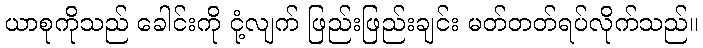
ယာစုကိုသည် ခေါင်းကို ငုံ့လျက် ဖြည်းဖြည်းချင်း မတ်တတ်ရပ်လိုက်သည်။